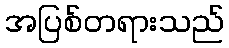
အပြစ်တရားသည်